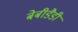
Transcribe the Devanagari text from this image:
बेबीडैडी